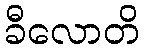
ခီလောတိ